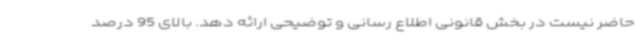
حاضر نیست در بخش قانونی اطلاع رسانی و توضیحی ارائه دهد. بالای 95 درصد